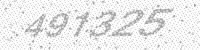
Solution: 491325